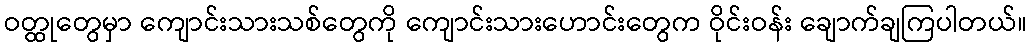
ဝတ္ထုတွေမှာ ကျောင်းသားသစ်တွေကို ကျောင်းသားဟောင်းတွေက ဝိုင်းဝန်း ချောက်ချကြပါတယ်။